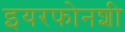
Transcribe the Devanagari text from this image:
इयरफोनशी